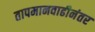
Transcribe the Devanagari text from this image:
तापमानवाढीनंतर